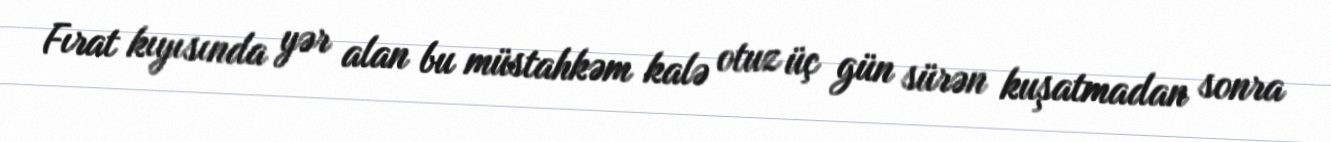
Fırat kıyısında yər alan bu müstahkəm kalə otuz üç gün sürən kuşatmadan sonra